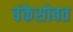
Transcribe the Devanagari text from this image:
बंकेसोबत